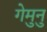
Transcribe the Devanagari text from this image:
गेमुनु